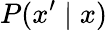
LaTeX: P(x^{\prime}\mid x)